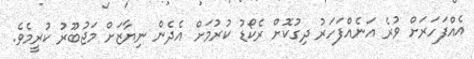
އެއްފަހަރަށް ވުރެ އަނެއްފަހަރު ދިގުކޮށް ރެކޯޑު ކުރުމަށް އެދެން ނިޔާޒަށް މަޖުބޫރު ކުރީމެވެ.